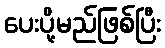
ပေးပို့မည်ဖြစ်ပြီး